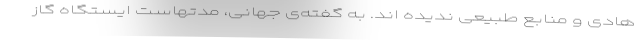
هادی و منابع طبیعی ندیده اند. به گفته‌ی جهانی، مدتهاست ایستگاه گاز